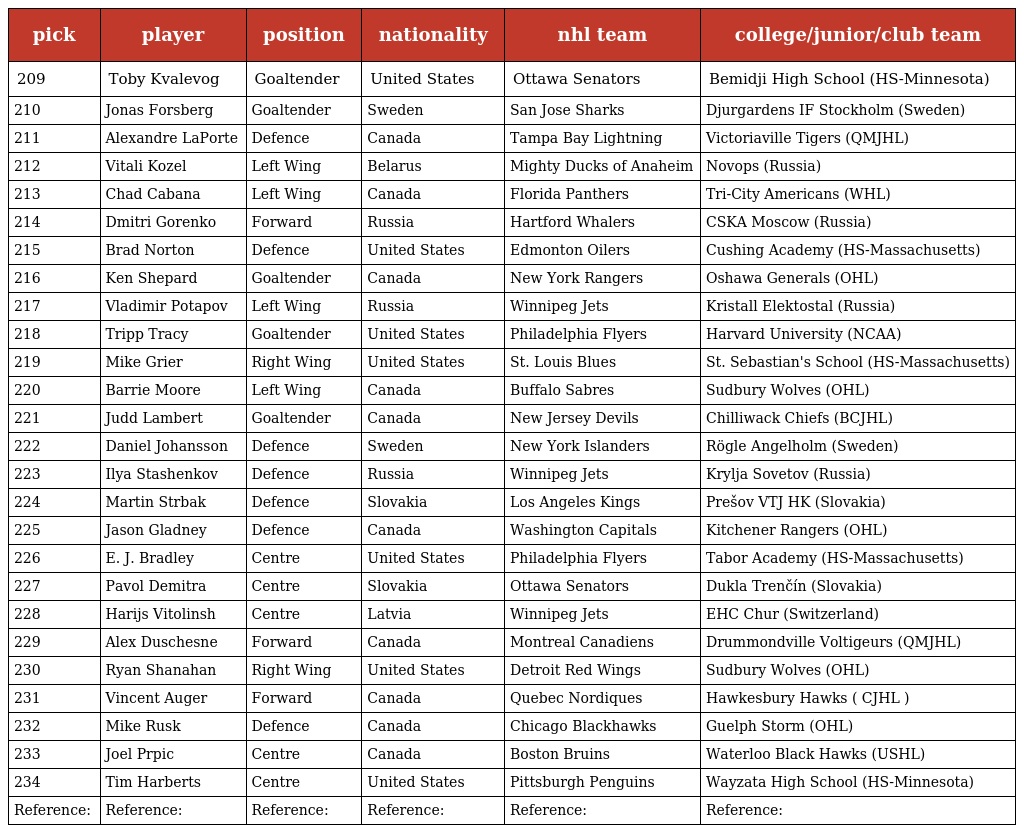
| pick | player | position | nationality | nhl team | college/junior/club team |
 | --- | --- | --- | --- | --- | --- |
 | 209 | Toby Kvalevog | Goaltender | United States | Ottawa Senators | Bemidji High School (HS-Minnesota) |
 | 210 | Jonas Forsberg | Goaltender | Sweden | San Jose Sharks | Djurgardens IF Stockholm (Sweden) |
 | 211 | Alexandre LaPorte | Defence | Canada | Tampa Bay Lightning | Victoriaville Tigers (QMJHL) |
 | 212 | Vitali Kozel | Left Wing | Belarus | Mighty Ducks of Anaheim | Novops (Russia) |
 | 213 | Chad Cabana | Left Wing | Canada | Florida Panthers | Tri-City Americans (WHL) |
 | 214 | Dmitri Gorenko | Forward | Russia | Hartford Whalers | CSKA Moscow (Russia) |
 | 215 | Brad Norton | Defence | United States | Edmonton Oilers | Cushing Academy (HS-Massachusetts) |
 | 216 | Ken Shepard | Goaltender | Canada | New York Rangers | Oshawa Generals (OHL) |
 | 217 | Vladimir Potapov | Left Wing | Russia | Winnipeg Jets | Kristall Elektostal (Russia) |
 | 218 | Tripp Tracy | Goaltender | United States | Philadelphia Flyers | Harvard University (NCAA) |
 | 219 | Mike Grier | Right Wing | United States | St. Louis Blues | St. Sebastian's School (HS-Massachusetts) |
 | 220 | Barrie Moore | Left Wing | Canada | Buffalo Sabres | Sudbury Wolves (OHL) |
 | 221 | Judd Lambert | Goaltender | Canada | New Jersey Devils | Chilliwack Chiefs (BCJHL) |
 | 222 | Daniel Johansson | Defence | Sweden | New York Islanders | Rögle Angelholm (Sweden) |
 | 223 | Ilya Stashenkov | Defence | Russia | Winnipeg Jets | Krylja Sovetov (Russia) |
 | 224 | Martin Strbak | Defence | Slovakia | Los Angeles Kings | Prešov VTJ HK (Slovakia) |
 | 225 | Jason Gladney | Defence | Canada | Washington Capitals | Kitchener Rangers (OHL) |
 | 226 | E. J. Bradley | Centre | United States | Philadelphia Flyers | Tabor Academy (HS-Massachusetts) |
 | 227 | Pavol Demitra | Centre | Slovakia | Ottawa Senators | Dukla Trenčín (Slovakia) |
 | 228 | Harijs Vitolinsh | Centre | Latvia | Winnipeg Jets | EHC Chur (Switzerland) |
 | 229 | Alex Duschesne | Forward | Canada | Montreal Canadiens | Drummondville Voltigeurs (QMJHL) |
 | 230 | Ryan Shanahan | Right Wing | United States | Detroit Red Wings | Sudbury Wolves (OHL) |
 | 231 | Vincent Auger | Forward | Canada | Quebec Nordiques | Hawkesbury Hawks ( CJHL ) |
 | 232 | Mike Rusk | Defence | Canada | Chicago Blackhawks | Guelph Storm (OHL) |
 | 233 | Joel Prpic | Centre | Canada | Boston Bruins | Waterloo Black Hawks (USHL) |
 | 234 | Tim Harberts | Centre | United States | Pittsburgh Penguins | Wayzata High School (HS-Minnesota) |
 | Reference: | Reference: | Reference: | Reference: | Reference: | Reference: |